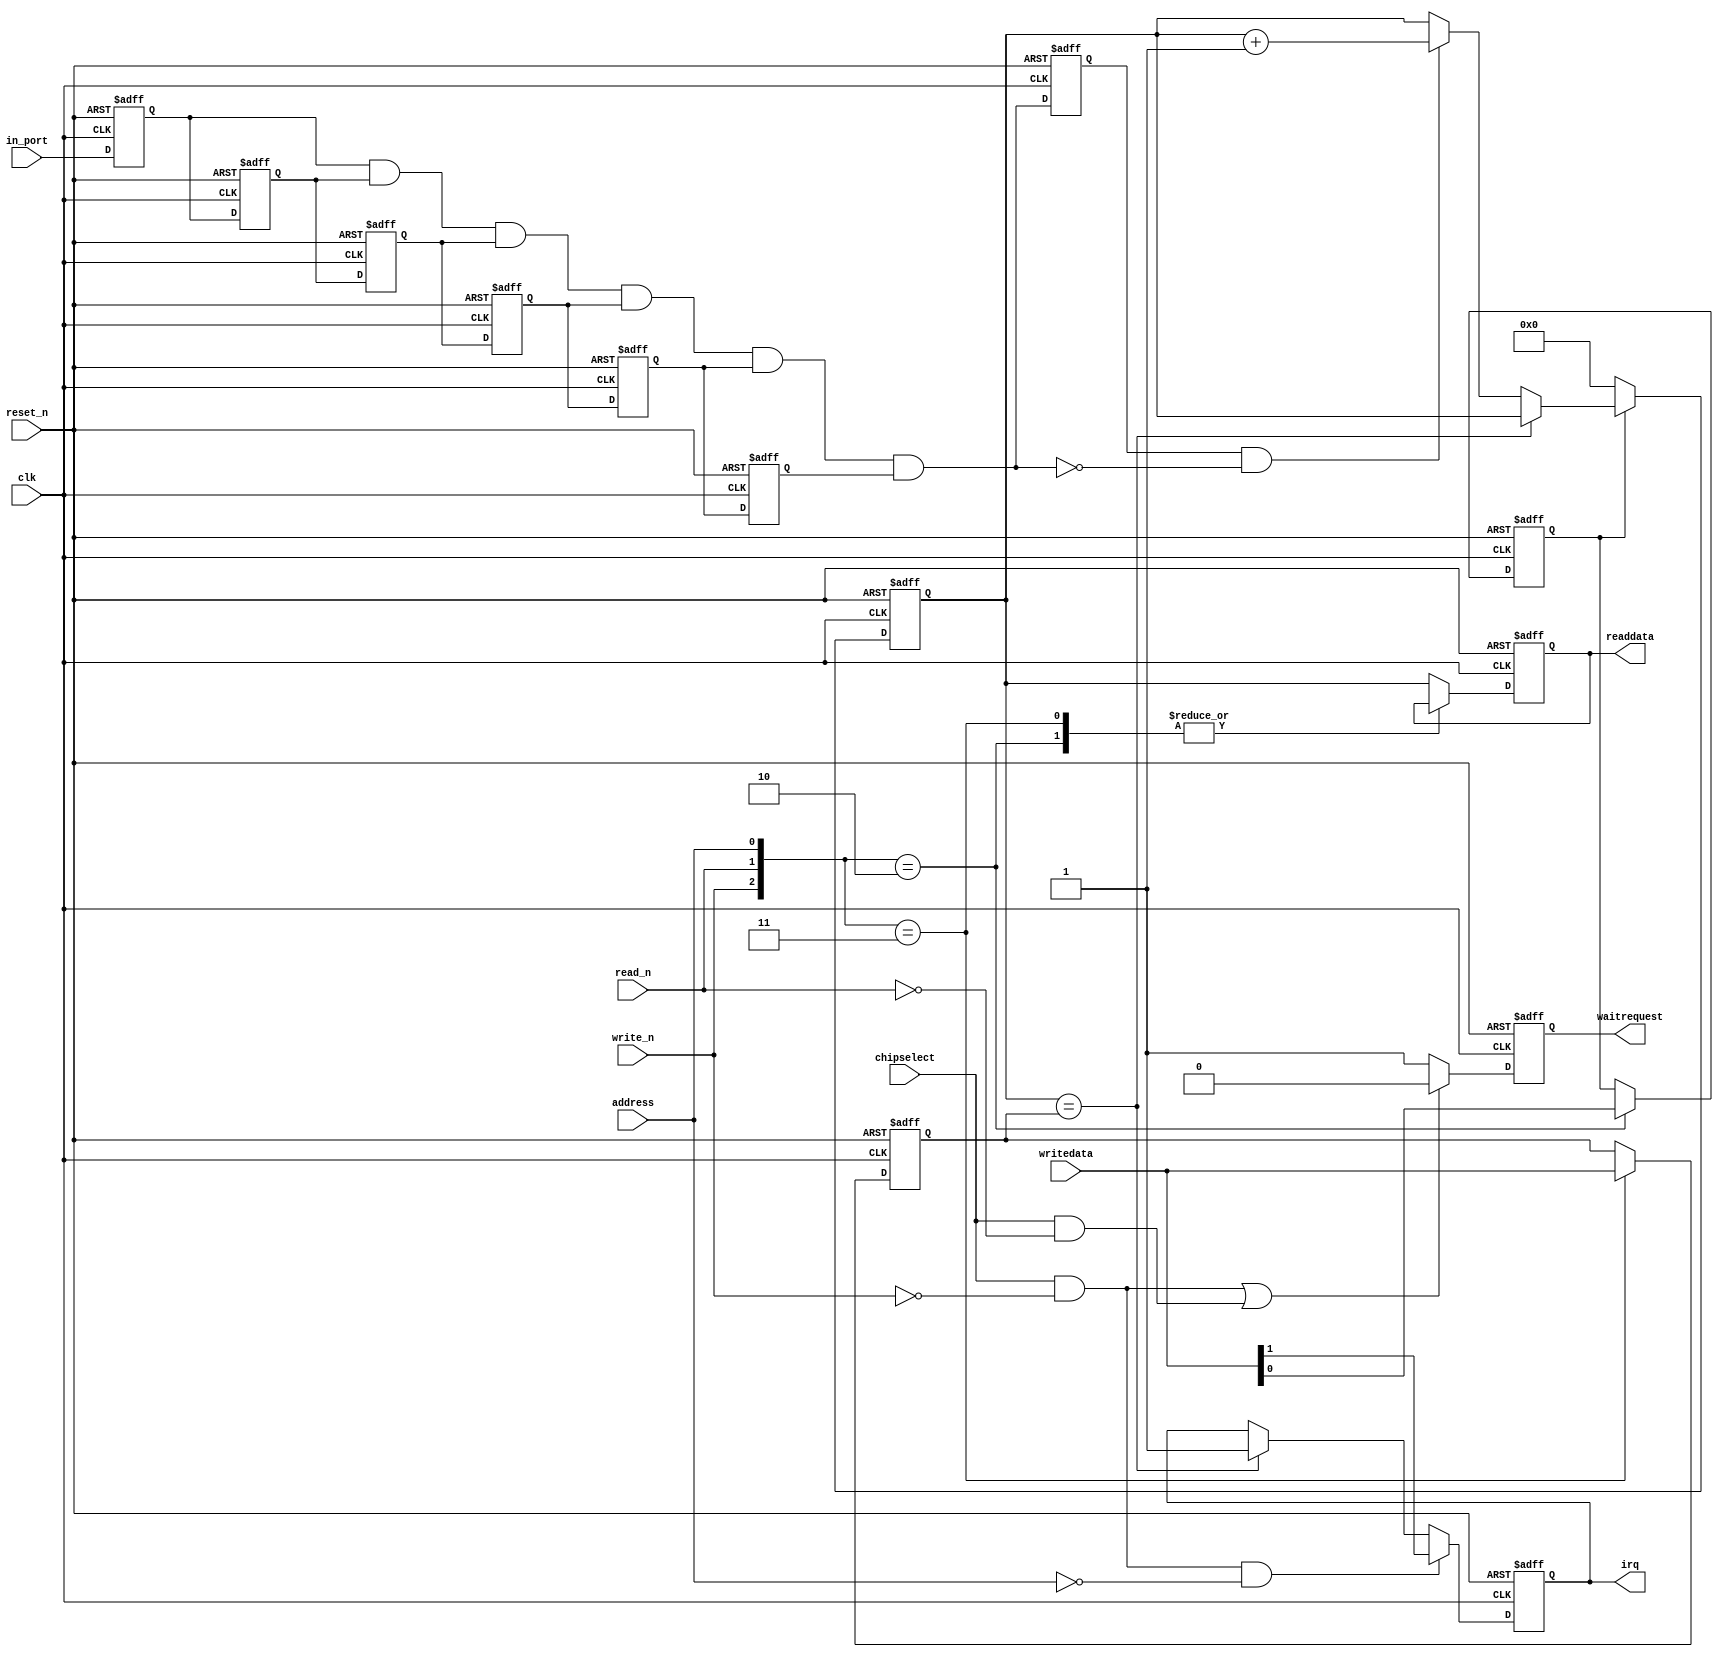
//-!!S L S  C O N F I D E N T I A L!!------------------------------------------
// @   Copyright (c) 2001-2010, System Level Solutions (India) Pvt. Ltd.   @
// @                         All rights reserved.                          @
// @                                                                       @
// @    THIS SOFTWARE CONTAINS VALUABLE CONFIDENTIAL AND PROPRIETARY       @
// @    INFORMATION OF SYSTEM LEVEL SOLUTIONS (INDIA) PVT. LTD. AND IS     @
// @    SUBJECTED TO APPLICABLE LICENSING AGREEMENTS. UNAUTHORIZED         @
// @    REPRODUCTION, TRANSMISSION OR DISTRIBUTION OF THIS FILE AND ITS    @
// @    CONTENTS IS A VIOLATION OF APPLICABLE LAWS.                        @
//
//-C O N T A C T---------------------------------------------------------------
// Website      : http://www.slscorp.com
// Phone        : +91-2692-232501/232502
// Fax          : +91-2692-232503
//
//-P R O J E C T---------------------------------------------------------------
// Project      : BeMicro SDK Motor Control Add-on Board
// Client       : Altera
//
//-F I L E  D E T A I L S------------------------------------------------------
// Design Unit  : IR Receiver
// Description  : 
//
//-S O U R C E  C O N T R O L--------------------------------------------------
// $Id: 
//-----------------------------------------------------------------------------

module ir_receiver ( 
  input  wire        clk,
  input  wire        reset_n,
  input  wire        in_port,
  
  input  wire [31:0] writedata,
  input  wire        address,
  input  wire        write_n,
  input  wire        read_n,
  input  wire        chipselect,
  output reg [31:0] readdata,
  
  output reg        waitrequest,
  output reg        irq
);


reg  in_port_f1,in_port_f2,in_port_f3,in_port_f4,in_port_f5,in_port_f6;
wire in_port_latch;
reg  in_port_latch_f1;
wire in_port_pl;
reg  [31:0] edge_count;
reg  edge_count_clear;
reg  [31:0] edge_count_load;

always @(posedge clk or negedge reset_n)
  if(~reset_n)
    in_port_f1 <=#1 1'b0;
  else
    in_port_f1 <=#1 in_port;


always @(posedge clk or negedge reset_n)
  if(~reset_n)
    in_port_f2 <=#1 1'b0;
  else
    in_port_f2 <=#1 in_port_f1;

always @(posedge clk or negedge reset_n)
  if(~reset_n)
    in_port_f3 <=#1 1'b0;
  else
    in_port_f3 <=#1 in_port_f2;
    
always @(posedge clk or negedge reset_n)
  if(~reset_n)
    in_port_f4 <=#1 1'b0;
  else
    in_port_f4 <=#1 in_port_f3;    
    
always @(posedge clk or negedge reset_n)
  if(~reset_n)
    in_port_f5 <=#1 1'b0;
  else
    in_port_f5 <=#1 in_port_f4;    
  
always @(posedge clk or negedge reset_n)
  if(~reset_n)
    in_port_f6 <=#1 1'b0;
  else
    in_port_f6 <=#1 in_port_f5;  
  
assign in_port_latch =   in_port_f1 & in_port_f2 & in_port_f3 & in_port_f4 & in_port_f5 & in_port_f6; 

always @(posedge clk or negedge reset_n)
  if(~reset_n)
    in_port_latch_f1 <=#1 1'b0;
  else
    in_port_latch_f1 <=#1 in_port_latch;
    
    
assign in_port_pl = in_port_latch_f1 && ~in_port_latch;

always @(posedge clk or negedge reset_n)
  if(~reset_n)
    edge_count <=#1 32'h0;
  else
  if(~edge_count_clear )
    edge_count <=#1 32'h0;
  else
  if(edge_count == edge_count_load)
    edge_count <=#1 edge_count;
  else  
  if(in_port_pl)
    edge_count <=#1 edge_count + 32'h1;
    
always @(posedge clk or negedge reset_n)
  if(~reset_n)
    begin
      edge_count_clear <=#1 1'b0;     
      readdata         <=#1 32'h0;
      edge_count_load  <=#1 32'h1;
    end
  else
    case({write_n,read_n,address})
      3'b010  :   begin   // Write en/clear
                    edge_count_clear <=#1 writedata[0];
                  end               
      3'b011  :   begin
                    edge_count_load  <=#1 writedata;
                  end
      3'b101  :   begin
                    readdata <= edge_count;
                  end
      default :   begin
                    readdata <= edge_count;
                    edge_count_clear <=#1 edge_count_clear;
                    edge_count_load  <=#1 edge_count_load;
                  end
    endcase              

always @(posedge clk or negedge reset_n)
  if(~reset_n)
    waitrequest <=#1 1'b1;    
  else
  if((chipselect && ~write_n) | (chipselect && ~read_n))
    waitrequest <=#1 1'b0;
  else
    waitrequest <=#1 1'b1;
    
    
always @(posedge clk or negedge reset_n)
  if(~reset_n)
    irq <=#1 1'b0;
  else
  if(~write_n && chipselect && (address ==0))
    irq <=#1 writedata[1];
  else
  if(edge_count == edge_count_load)
    irq <=#1 1'b1;
      
endmodule